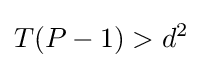
T(P-1)>d^{2}